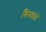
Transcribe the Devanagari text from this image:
चिनवाते